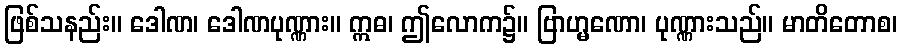
ဖြစ်သနည်း။ ဒေါဏ၊ ဒေါဏပုဏ္ဏား။ ဣဓ၊ ဤလောက၌။ ဗြာဟ္မဏော၊ ပုဏ္ဏားသည်။ မာတိတောစ၊